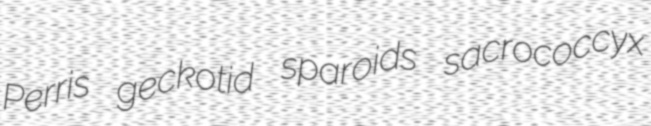
Perris geckotid sparoids sacrococcyx